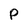
Character: p